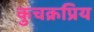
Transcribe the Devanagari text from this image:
कुचक्रप्रिय